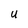
Character: U